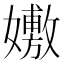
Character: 𡣷